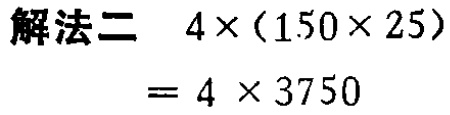
\[

\begin{align*}

\text{解法二}\quad4\times(150\times25)&\\

&=4\times3750

\end{align*}

\]